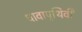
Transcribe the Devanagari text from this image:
धावापृथिवी